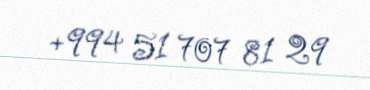
+994 51 707 81 29